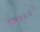
الناس